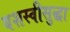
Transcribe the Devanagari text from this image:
यशस्वीसुद्धा